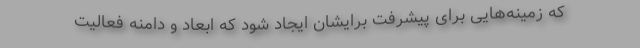
که زمینه‌هایی برای پیشرفت‌ برایشان ایجاد شود که ابعاد و دامنه فعالیت